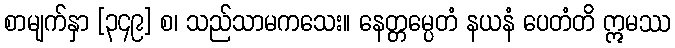
စာမျက်နှာ [၃၄၉] စ၊ သည်သာမကသေး။ နေတ္တမ္ပေတံ နယနံ ပေတံတိ ဣမဿ